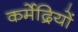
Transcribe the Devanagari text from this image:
कर्मेद्रियों